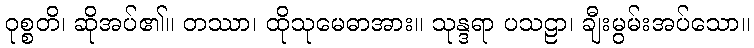
ဝုစ္စတိ၊ ဆိုအပ်၏။ တဿာ၊ ထိုသုမေဓာအား။ သုန္ဒရာ ပသဠာ၊ ချီးမွမ်းအပ်သော။